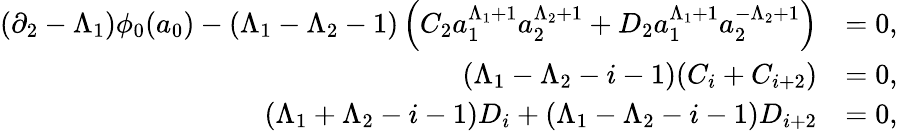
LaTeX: \begin{array}{rl}{(\partial_{2}-\Lambda_{1})\phi_{0}(a_{0})-(\Lambda_{1}-\Lambda_{2}-1)\left(C_{2}a_{1}^{\Lambda_{1}+1}a_{2}^{\Lambda_{2}+1}+D_{2}a_{1}^{\Lambda_{1}+1}a_{2}^{-\Lambda_{2}+1}\right)}&{=0,}\\ {(\Lambda_{1}-\Lambda_{2}-i-1)(C_{i}+C_{i+2})}&{=0,}\\ {\ (\Lambda_{1}+\Lambda_{2}-i-1)D_{i}+(\Lambda_{1}-\Lambda_{2}-i-1)D_{i+2}}&{=0,}\end{array}